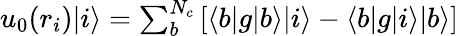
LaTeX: \begin{array}{r}{u_{0}(r_{i})|i\rangle=\sum_{b}^{N_{c}}\left[\langle b|g|b\rangle|i\rangle-\langle b|g|i\rangle|b\rangle\right]}\end{array}